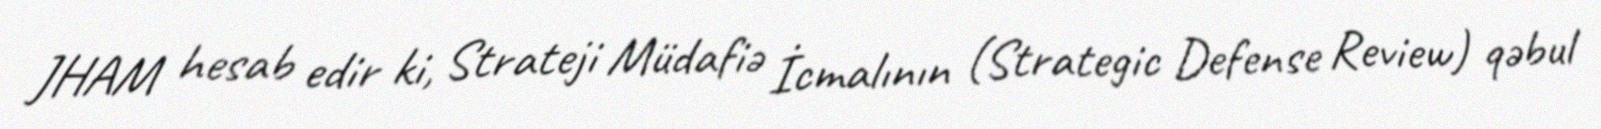
JHAM hesab edir ki, Strateji Müdafiə İcmalının (Strategic Defense Review) qəbul